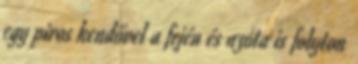
egy piros kendővel a fején és azóta is folyton